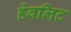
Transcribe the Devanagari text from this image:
हेवलिट